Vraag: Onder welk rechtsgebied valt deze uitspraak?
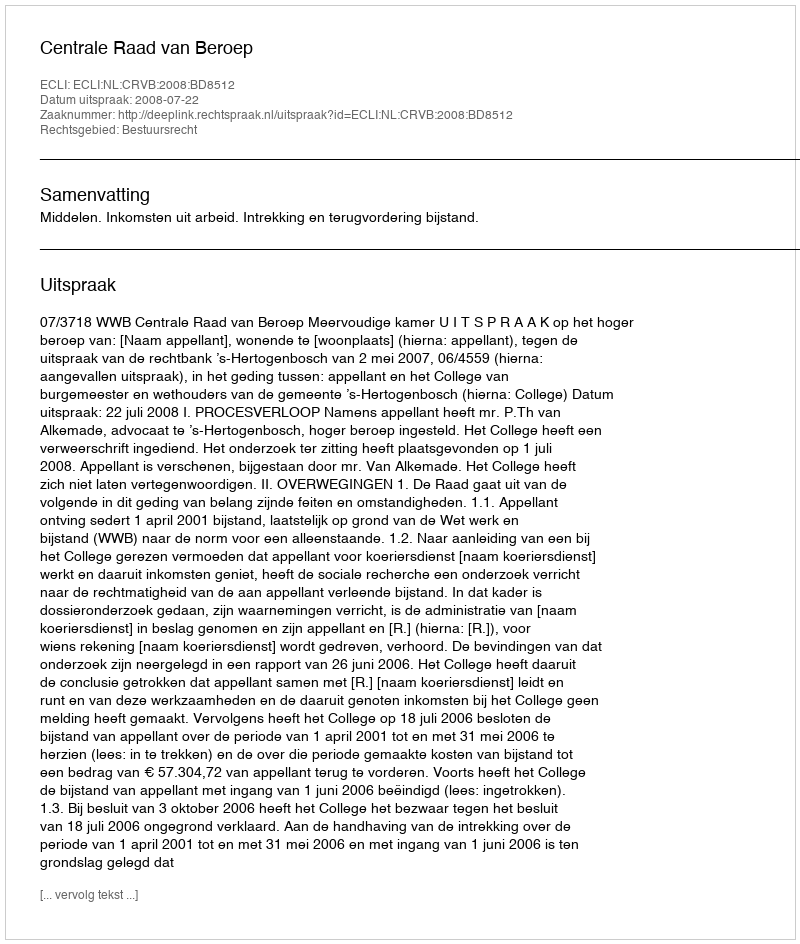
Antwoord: Bestuursrecht